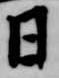
日